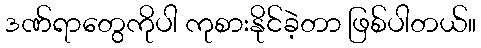
ဒဏ်ရာတွေကိုပါ ကုစားနိုင်ခဲ့တာ ဖြစ်ပါတယ်။